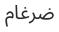
ضرغام